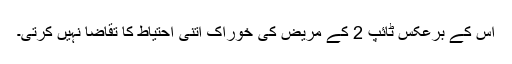
اس کے برعکس ٹائپ 2 کے مریض کی خوراک اتنی احتیاط کا تقاضا نہیں کرتی۔